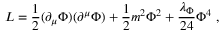
L = { \frac { 1 } { 2 } } ( \partial _ { \mu } \Phi ) ( \partial ^ { \mu } \Phi ) + { \frac { 1 } { 2 } } m ^ { 2 } \Phi ^ { 2 } + { \frac { \lambda _ { \Phi } } { 2 4 } } \Phi ^ { 4 } ~ ,